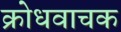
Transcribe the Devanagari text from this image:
क्रोधवाचक